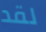
لقد